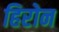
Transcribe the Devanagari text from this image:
हिरोन